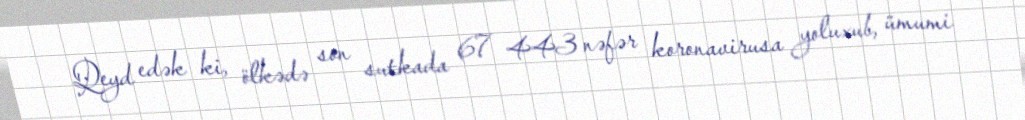
Qeyd edək ki, ölkədə son sutkada 67 443 nəfər koronavirusa yoluxub, ümumi